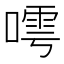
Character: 𠻢